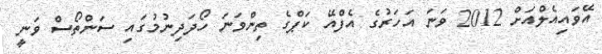
އޭވައިއެލްއަށް 2012 ވަނަ އަހަރުގެ އެފްއޭ ކަޕްގެ ތިންވަނަ ހޯދަދިނުމުގައި ސަންތޯސް ވަނީ